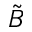
\tilde { \cal B }